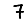
Digit: 7